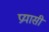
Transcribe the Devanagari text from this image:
प्रयासी